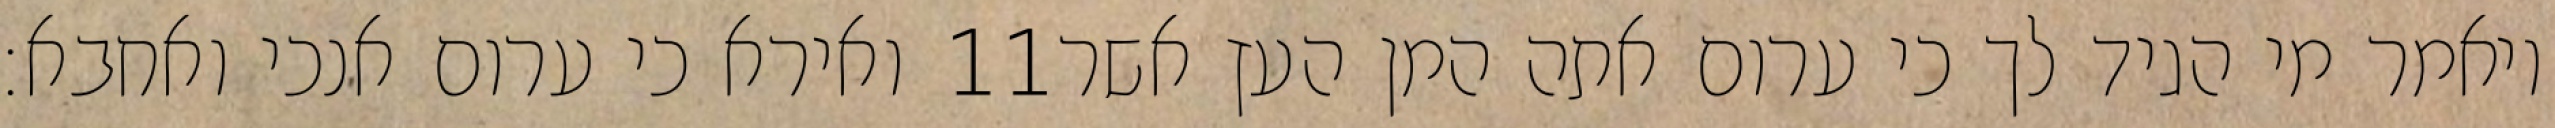
ואירא כי ערום אנכי ואחבא׃ ‎11‏ ויאמר מי הגיד לך כי ערום אתה המן העץ אשר